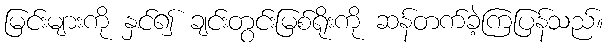
မြင်းများကို နှင်၍ ချင်းတွင်းမြစ်ရိုးကို ဆန်တက်ခဲ့ကြပြန်သည်။